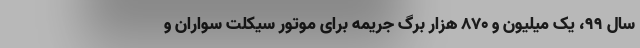
سال ۹۹، یک میلیون و ۸۷۰ هزار برگ جریمه برای موتور سیکلت سواران و